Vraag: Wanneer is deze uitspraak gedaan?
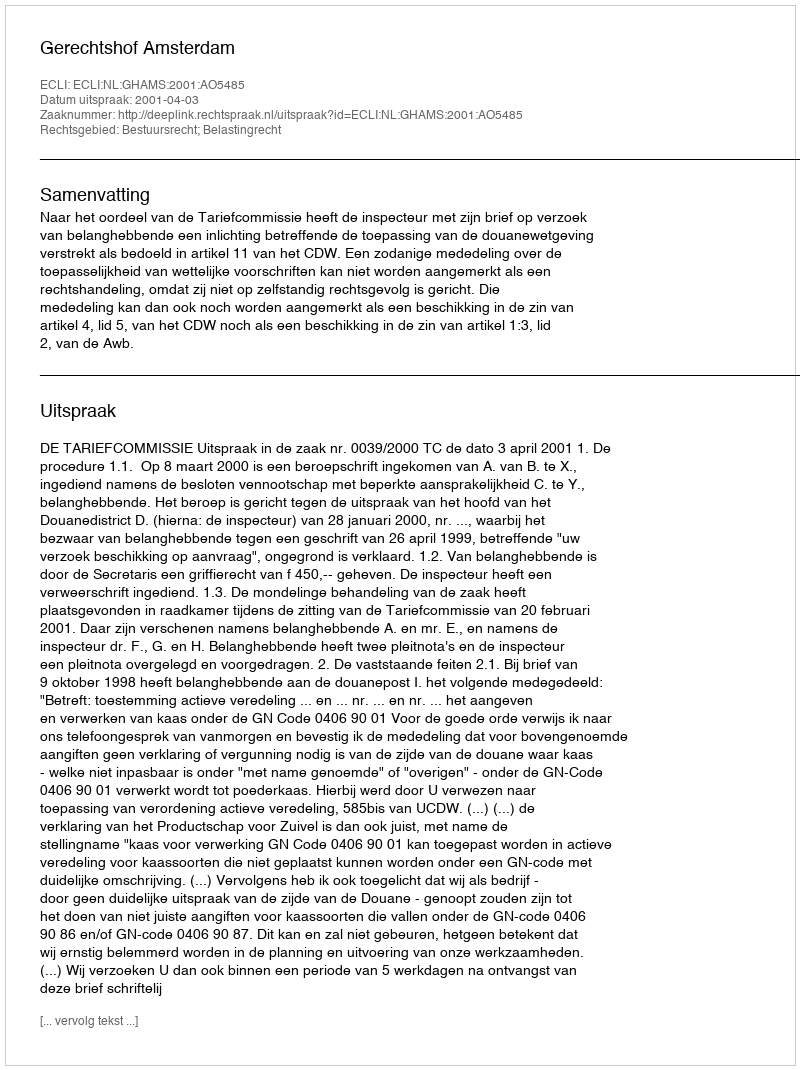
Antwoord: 2001-04-03